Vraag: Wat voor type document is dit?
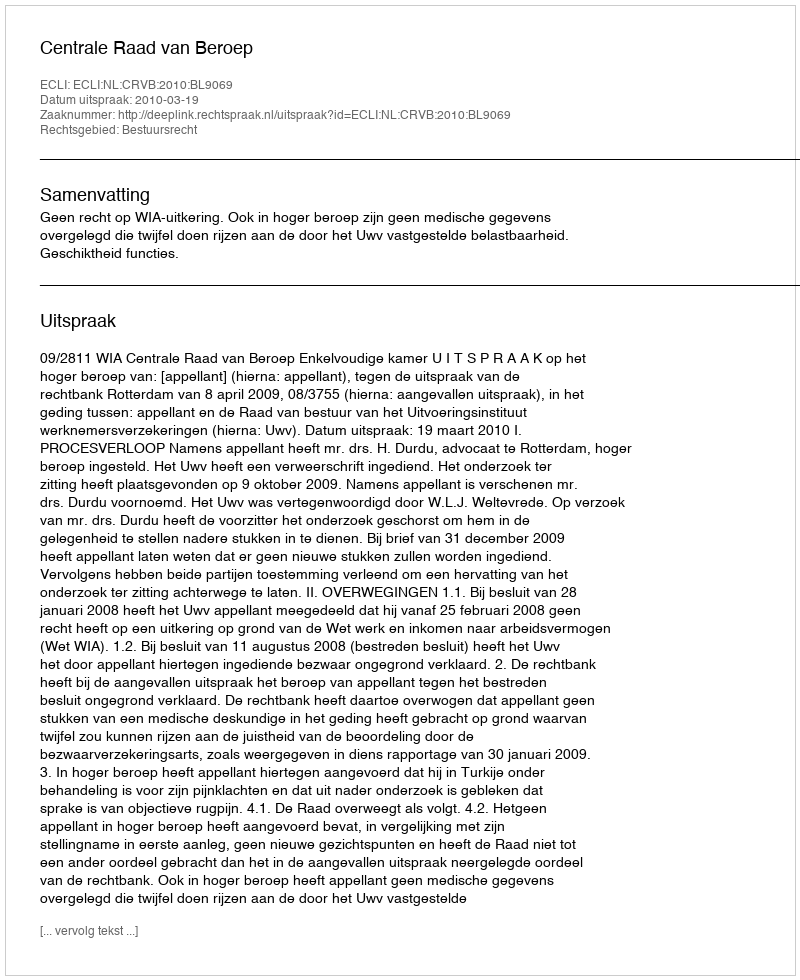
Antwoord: Uitspraak